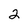
Character: 2